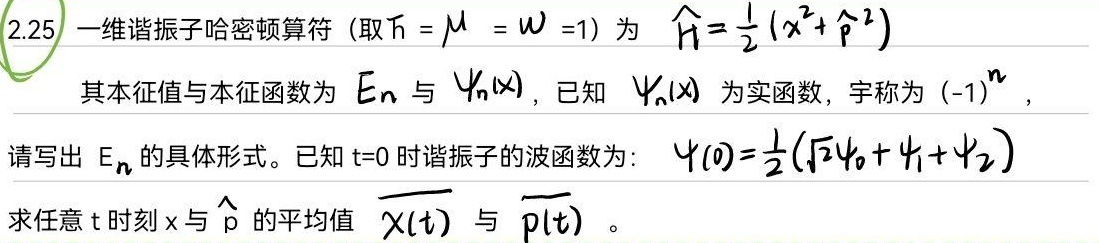
2.25 一维谐振子哈密顿算符（取$\hbar = \mu = \omega =1$）为 $\hat{H}=\frac{1}{2}(x^{2}+\hat{p}^{2})$
其本征值与本征函数为 $E_{n}$ 与 $\psi_{n}(x)$，已知 $\psi_{n}(x)$ 为实函数，宇称为 $(-1)^{n}$，
请写出 $E_{n}$ 的具体形式。已知 $t = 0$ 时谐振子的波函数为：$\psi(0)=\frac{1}{2}(\sqrt{2}\psi_{0}+\psi_{1}+\psi_{2})$
求任意 $t$ 时刻 $x$ 与 $\hat{p}$ 的平均值 $\overline{x(t)}$ 与 $\overline{p(t)}$。